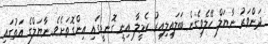
ދަންވަރު ނާޔަލް ހޭލެވިގެން ބަލައިލިއިރު ކެމީލާ އިނީ ގޮނޑީގައި އިންގޮތަށެވެ. ނާޔަލްގެ އަތުގައި